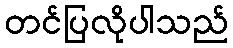
တင်ပြလိုပါသည်